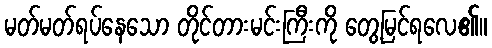
မတ်မတ်ရပ်နေသော တိုင်တားမင်းကြီးကို တွေ့မြင်ရလေ၏။